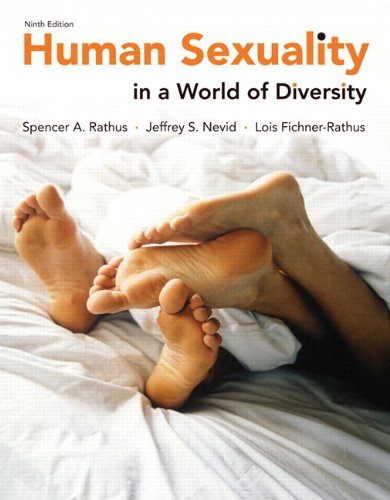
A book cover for Human Sexuality in a World of Diversity (paper) (9th Edition); Spencer A. Rathus; Medical Books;